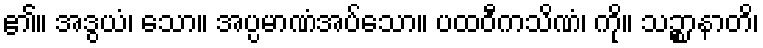
၏။ အဒွယံ၊ သော။ အပ္ပမာဏံအပ်သော။ ပထဝီကသိဏံ၊ ကို။ သဉ္စာနာတိ၊